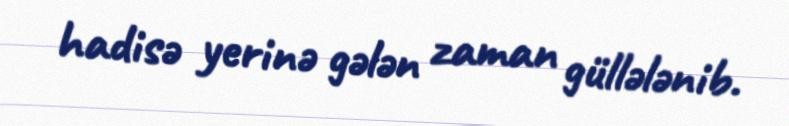
hadisə yerinə gələn zaman güllələnib.